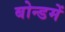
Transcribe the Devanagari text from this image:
बोन्डमें